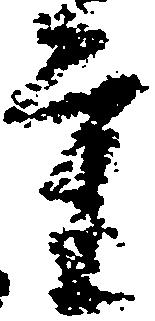
重